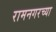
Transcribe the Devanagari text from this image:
रामनगरच्या